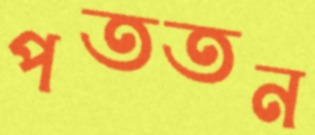
পততন